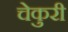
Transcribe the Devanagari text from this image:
चेकुरी